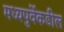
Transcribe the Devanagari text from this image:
मध्यपुर्वेकडील